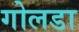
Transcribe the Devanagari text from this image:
गोलडा